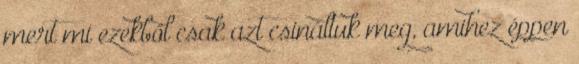
mert mi ezekből csak azt csináltuk meg, amihez éppen